Civil Veterinary Dept. Bombay admin report 1932-41 - 1932-1941
Year: 1932
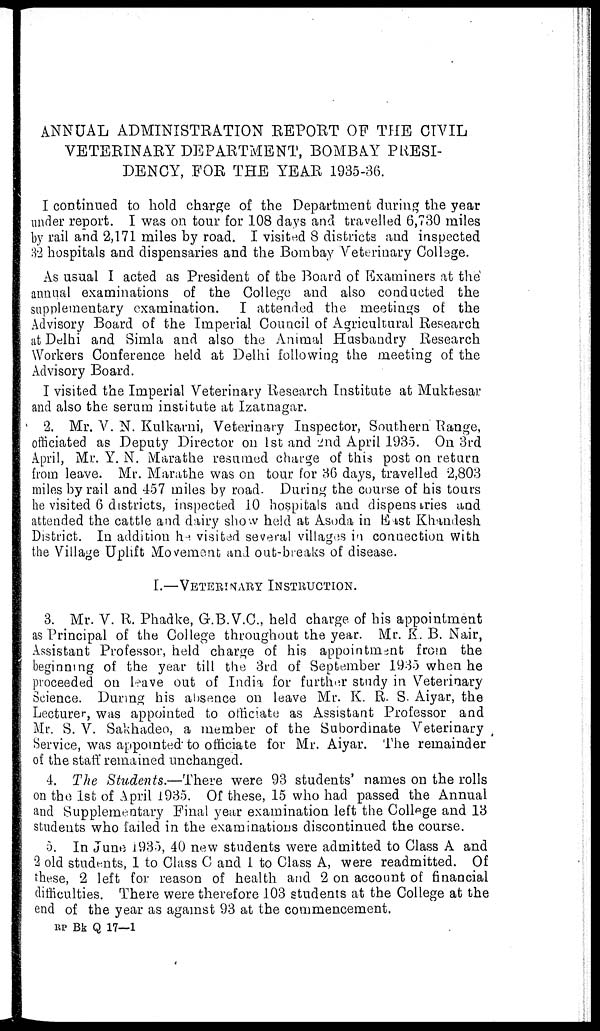
ANNUAL ADMINISTRATION REPORT OF THE CIVIL
VETERINARY DEPARTMENT, BOMBAY PRESI-
DENCY, FOR THE YEAR 1935-36.
I continued to hold charge of the Department during the year
under report. I was on tour for 108 days and travelled 6,730 miles
by rail and 2,171 miles by road. I visited 8 districts and inspected
32 hospitals and dispensaries and the Bombay Veterinary College.
As usual I acted as President of the Board of Examiners at the
annual examinations of the College and also conducted the
supplementary examination. I attended the meetings of the
Advisory Board of the Imperial Council of Agricultural Research
at Delhi and Simla and also the Animal Husbandry Research
Workers Conference held at Delhi following the meeting of the
Advisory Board.
I visited the Imperial Veterinary Research Institute at Muktesar
and also the serum institute at Izatnagar.
2. Mr. V. N. Kulkarni, Veterinary Inspector, Southern Range,
officiated as Deputy Director on 1st and 2nd April 1935. On 3rd
April, Mr. Y. N. Marathe resumed charge of this post on return
from leave. Mr. Marathe was on tour for 36 days, travelled 2,803
miles by rail and 457 miles by road- During the course of his tours
he visited 6 districts, inspected 10 hospitals and dispensaries and
attended the cattle and dairy show held at Asoda in East Khandesh
District. In addition he visited several villages in connection with
the Village Uplift Movement and out-breaks of disease.
I.—VETERINARY INSTRUCTION.
3. Mr. V. R. Phadke, G.B.V.C., held charge of his appointment
as Principal of the College throughout the year. Mr. K. B. Nair,
Assistant Professor, held charge of his appointment from the
beginning of the year till the 3rd of September 1935 when he
proceeded on leave out of India for further study in Veterinary
Science. During his absence on leave Mr. K. R. S. Aiyar, the
Lecturer, was appointed to officiate as Assistant Professor and
Mr. S. V. Sakhadeo, a member of the Subordinate Veterinary
Service, was appointed to officiate for Mr. Aiyar. The remainder
of the staff remained unchanged.
4. The Students.—There were 93 students' names on the rolls
on the 1st of April 1935. Of these, 15 who had passed the Annual
and Supplementary Final year examination left the College and 13
students who failed in the examinations discontinued the course.
5. In June 1935, 40 new students were admitted to Class A and
2 old students, 1 to Class C and 1 to Class A, were readmitted. Of
these, 2 left for reason of health and 2 on account of financial
difficulties. There were therefore 103 students at the College at the
end of the year as against 93 at the commencement.
RP Bk Q 17—1